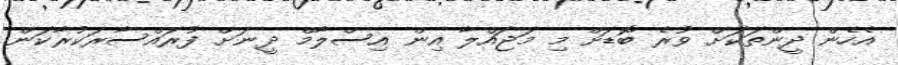
އެހެން ދީންތަކަށް ވުރެ ބޮޑަށް މި މަޖައްލާ އިން އިސްލާމް ދީނަށް ފުރައްސާރަކުރާކަން